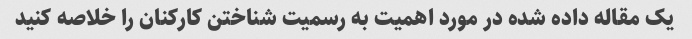
یک مقاله داده شده در مورد اهمیت به رسمیت شناختن کارکنان را خلاصه کنید